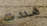
هددت